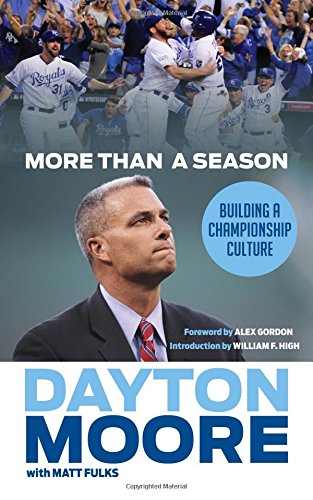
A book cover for More Than a Season: Building a Championship Culture; Dayton Moore; Biographies & Memoirs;